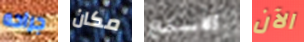
جراحه مكان الاستماع الآن